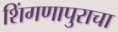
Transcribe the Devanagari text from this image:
शिंगणापुराचा